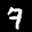
Label: 7